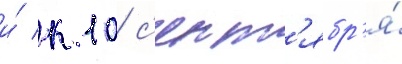
и́ к 10 с'ент'ябр'я́